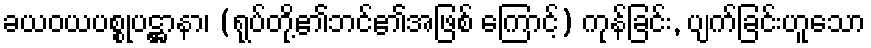
ခယဝယပစ္စုပဋ္ဌာနာ၊ (ရုပ်တို့၏ဘင်၏အဖြစ် ကြောင့်) ကုန်ခြင်း, ပျက်ခြင်းဟူသော